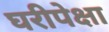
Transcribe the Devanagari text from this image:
घरीपेक्षा